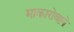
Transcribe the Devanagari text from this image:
माकारोवाने